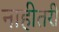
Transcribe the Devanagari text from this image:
नाहीतरी